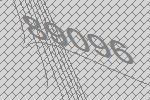
89096